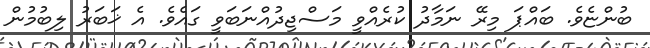
ބުންޏެވެ. ބައްޕަ މިރޭ ނަމާދު ކުރެއްވީ މަސްޖިދުއްނަބަވީ ގައެވެ. އެ ޚަބަރު ލިބުމުން